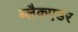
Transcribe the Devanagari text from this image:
ब्लैकएडर